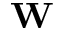
\textbf { W }